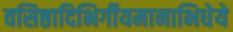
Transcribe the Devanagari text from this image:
वसिष्ठादिभिर्गीयमानाभिधेये